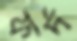
ফর্দ